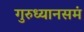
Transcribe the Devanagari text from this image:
गुरुध्यानसमं